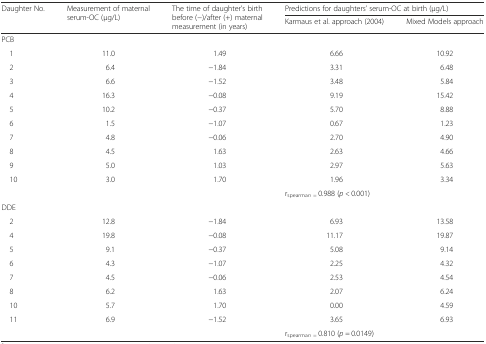
<table><thead><tr><td rowspan="2"><b>Daughter No.</b></td><td rowspan="2"><b>Measurement of maternal serum-OC (μg/L)</b></td><td rowspan="2"><b>The time of daughter’s birth before (−)/after (+) maternal measurement (in years)</b></td><td colspan="2"><b>Predictions for daughters’ serum-OC at birth (μg/L)</b></td></tr><tr><td><b>Karmaus et al. approach (2004)</b></td><td><b>Mixed Models approach</b></td></tr></thead><tbody><tr><td colspan="5">PCB</td></tr><tr><td> 1</td><td>11.0</td><td>1.49</td><td>6.66</td><td>10.92</td></tr><tr><td> 2</td><td>6.4</td><td>−1.84</td><td>3.31</td><td>6.48</td></tr><tr><td> 3</td><td>6.6</td><td>−1.52</td><td>3.48</td><td>5.84</td></tr><tr><td> 4</td><td>16.3</td><td>−0.08</td><td>9.19</td><td>15.42</td></tr><tr><td> 5</td><td>10.2</td><td>−0.37</td><td>5.70</td><td>8.88</td></tr><tr><td> 6</td><td>1.5</td><td>−1.07</td><td>0.67</td><td>1.23</td></tr><tr><td> 7</td><td>4.8</td><td>−0.06</td><td>2.70</td><td>4.90</td></tr><tr><td> 8</td><td>4.5</td><td>1.63</td><td>2.63</td><td>4.66</td></tr><tr><td> 9</td><td>5.0</td><td>1.03</td><td>2.97</td><td>5.63</td></tr><tr><td> 10</td><td>3.0</td><td>1.70</td><td>1.96</td><td>3.34</td></tr><tr><td></td><td></td><td></td><td colspan="2">r<sub>spearma<i>n =</i></sub> 0.988 (<i>p &lt;</i> 0.001)</td></tr><tr><td colspan="5">DDE</td></tr><tr><td> 2</td><td>12.8</td><td>−1.84</td><td>6.93</td><td>13.58</td></tr><tr><td> 4</td><td>19.8</td><td>−0.08</td><td>11.17</td><td>19.87</td></tr><tr><td> 5</td><td>9.1</td><td>−0.37</td><td>5.08</td><td>9.14</td></tr><tr><td> 6</td><td>4.3</td><td>−1.07</td><td>2.25</td><td>4.32</td></tr><tr><td> 7</td><td>4.5</td><td>−0.06</td><td>2.53</td><td>4.54</td></tr><tr><td> 8</td><td>6.2</td><td>1.63</td><td>2.07</td><td>6.24</td></tr><tr><td> 10</td><td>5.7</td><td>1.70</td><td>0.00</td><td>4.59</td></tr><tr><td> 11</td><td>6.9</td><td>−1.52</td><td>3.65</td><td>6.93</td></tr><tr><td></td><td></td><td></td><td colspan="2">r<sub>spearma<i>n =</i></sub> 0.810 (<i>p =</i> 0.0149)</td></tr></tbody></table>